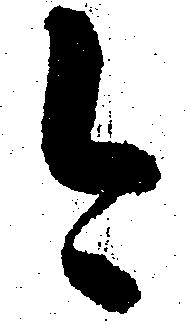
今